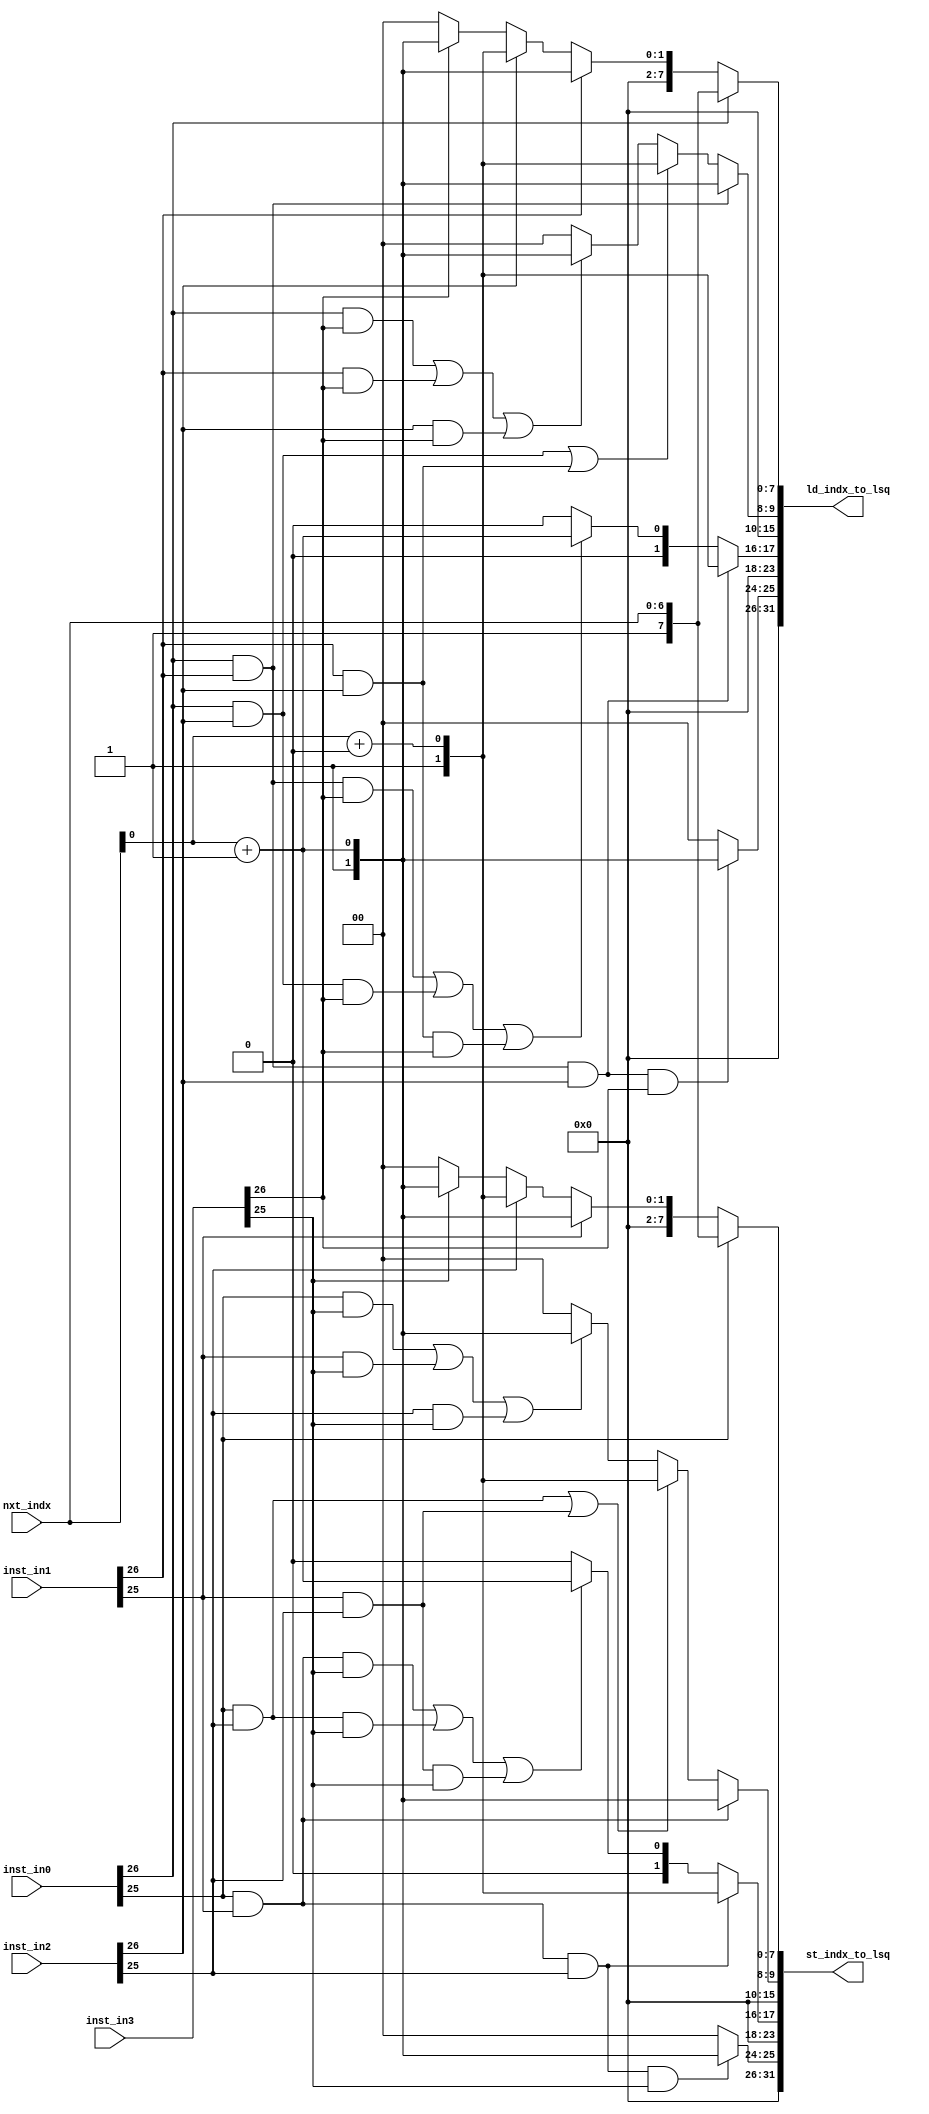
`default_nettype none
module reorderUnit(/*autoarg*/
   // Outputs
   ld_indx_to_lsq, st_indx_to_lsq,
   // Inputs
   inst_in0, inst_in1, inst_in2, inst_in3, nxt_indx
   );

   input wire [65:0] inst_in0,inst_in1,inst_in2,inst_in3;

   input wire [6:0] 	nxt_indx;

   output wire [31:0] ld_indx_to_lsq;
   output wire [31:0] st_indx_to_lsq;
   
   wire 	      indx1,indx2,indx3;

   assign indx1 = nxt_indx + 7'h1;   
   assign indx2 = nxt_indx + 7'h2;   
   assign indx3 = nxt_indx + 7'h3;
   
   assign ld_indx_to_lsq[7:0] = inst_in0[26] ? {1'b1,nxt_indx} : (inst_in1[26] ? {1'b1,indx1} : (inst_in2[26] ? {1'b1,indx2} : (inst_in3[26] ? {1'b1,indx3} : 8'b0)));

   assign ld_indx_to_lsq[15:8] = (inst_in0[26] && inst_in1[26]) ? {1'b1,indx1}:
				 ((inst_in0[26] && inst_in2[26]) || (inst_in1[26] && inst_in2[26])) ? {1'b1,indx2}:
				 ((inst_in0[26] && inst_in3[26]) || (inst_in1[26] && inst_in3[26]) || (inst_in2[26] && inst_in3[26])) ? {1'b1,indx3}:
				 8'b0;
   

   assign ld_indx_to_lsq[23:16] = (inst_in0[26] && inst_in1[26] && inst_in2[26]) ? {1'b1,indx2}:
				  ((inst_in0[26] && inst_in1[26] && inst_in3[26]) || (inst_in0[26] && inst_in2[26] && inst_in3[26]) || (inst_in2[26] && inst_in1[26] && inst_in3[26])) ? indx3:8'b0;
   

   assign ld_indx_to_lsq[31:24] = (inst_in0[26] && inst_in1[26] && inst_in2[26] && inst_in3[26]) ? {1'b1,indx3} : 8'b0;


   assign st_indx_to_lsq[7:0] = inst_in0[25] ? {1'b1,nxt_indx} : (inst_in1[25] ? {1'b1,indx1} : (inst_in2[25] ? {1'b1,indx2} : (inst_in3[25] ? {1'b1,indx3} : 8'b0)));

   assign st_indx_to_lsq[15:8] = (inst_in0[25] && inst_in1[25]) ? {1'b1,indx1}:
				 ((inst_in0[25] && inst_in2[25]) || (inst_in1[25] && inst_in2[25])) ? {1'b1,indx2}:
				 ((inst_in0[25] && inst_in3[25]) || (inst_in1[25] && inst_in3[25]) || (inst_in2[25] && inst_in3[25])) ? {1'b1,indx3}:
				 8'b0;

   
   assign st_indx_to_lsq[23:16] = (inst_in0[25] && inst_in1[25] && inst_in2[25]) ? {1'b1,indx2}:
				  ((inst_in0[25] && inst_in1[25] && inst_in3[25]) || (inst_in0[25] && inst_in2[25] && inst_in3[25]) || (inst_in2[25] && inst_in1[25] && inst_in3[25])) ? indx3:8'b0;
   assign st_indx_to_lsq[31:24] = (inst_in0[25] && inst_in1[25] && inst_in2[25] && inst_in3[25]) ? {1'b1,indx3} : 8'b0;



   
   
 
   
endmodule // reorderUnit